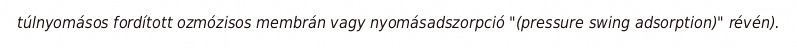
túlnyomásos fordított ozmózisos membrán vagy nyomásadszorpció "(pressure swing adsorption)" révén).